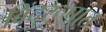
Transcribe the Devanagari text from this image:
बिंदुरूपात